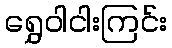
ရွှေဝါငါးကြင်း